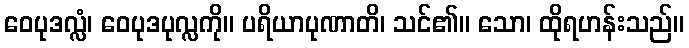
ဝေပုဒလ္လံ၊ ဝေပုဒပုလ္လကို။ ပရိယာပုဏာတိ၊ သင်၏။ သော၊ ထိုရဟန်းသည်။